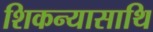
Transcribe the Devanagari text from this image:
शिकन्यासाथि